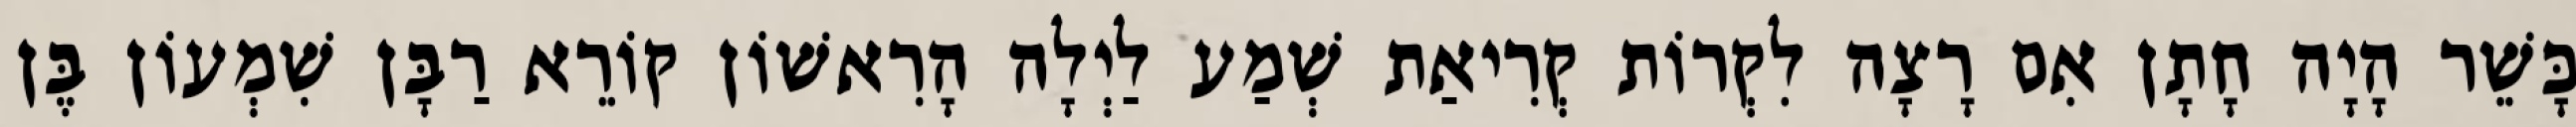
כָּשֵׁר הָיָה חָתָן אִם רָצָה לִקְרוֹת קְרִיאַת שְׁמַע לַיְלָה הָרִאשׁוֹן קוֹרֵא רַבָּן שִׁמְעוֹן בֶּן